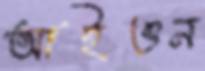
আইওন